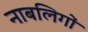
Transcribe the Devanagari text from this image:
नाबलिगों